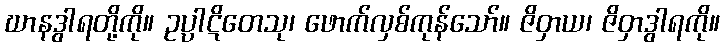
ဃာနဒွါရတို့ကို။ ဥပ္ပါဋိတေသု၊ ဖောက်လှစ်ကုန်သော်။ ဇိဝှာယ၊ ဇိဝှာဒွါရကို။